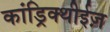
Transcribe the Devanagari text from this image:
कांड्रिक्थीईज़